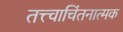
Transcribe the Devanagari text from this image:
तत्त्वाचिंतनात्मक